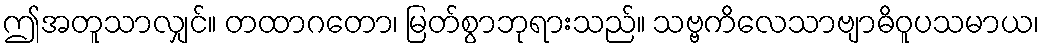
ဤအတူသာလျှင်။ တထာဂတော၊ မြတ်စွာဘုရားသည်။ သဗ္ဗကိလေသာဗျာဓိဝူပသမာယ၊